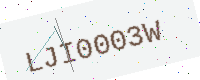
Text: LJI0003W